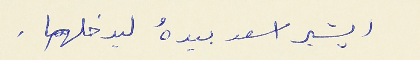
ويشير اسعد بيدهُ ليدخلهما .